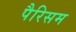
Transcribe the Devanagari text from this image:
पैरिसम